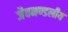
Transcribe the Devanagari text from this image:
जैवमण्डलीय